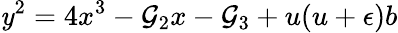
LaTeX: \mathit{y}^{2}=4x^{3}-{\cal{G}}_{2}x-{\cal{G}}_{3}+u(u+\epsilon)b